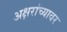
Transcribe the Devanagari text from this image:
अक्षरांच्यावर